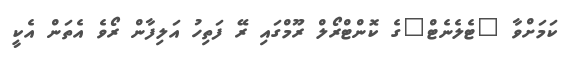
ކަމަށްވާ "ޓެލެނެޓް"ގެ ކޮންޓްރޯލް ރޫމްގައި ރޭ ފަތިހު އަލިފާން ރޯވެ އެތަން އެކީ